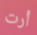
أرت